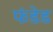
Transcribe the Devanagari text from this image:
फंडेड